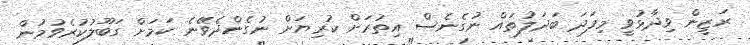
ރަޒީން ވިދާޅުވީ މިފަދަ ބަދަލުތައް ނުގެނެސް އިތުރަށް ކުރިޔަށް ނުގެންދެވޭނެ ކަމަށް ގަބޫލުކުރެވުމުން